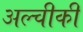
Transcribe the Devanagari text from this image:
अल्चीकी